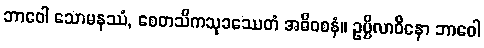
ဘာဝေါ သောမနဿံ, စေတသိကသုခဿေတံ အဓိဝစနံ။ ဥပ္ပိလာဝိနော ဘာဝေါ